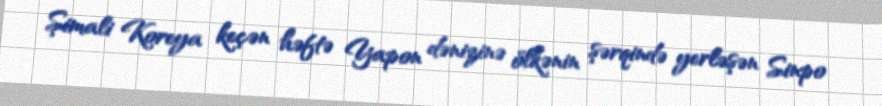
Şimali Koreya keçən həftə Yapon dənizinə ölkənin şərqində yerləşən Sinpo